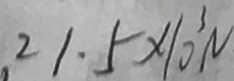
2 1 . 5 \times 1 0 ^ { 3 } N